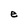
Character: e